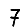
Digit: 7